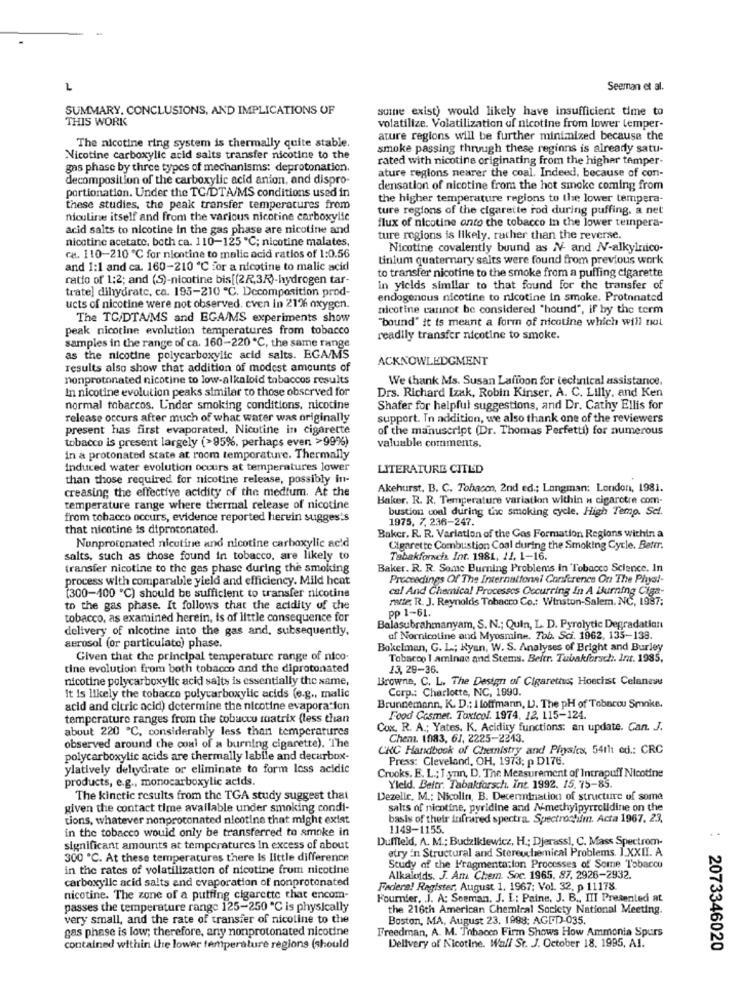
L
Seeman et al.
SUMMARY. CONCLUSIONS, AND IMPLICATIONS OF
sumne exist) would likely have insufficient time to
THIS WORK
volatilize. Volatilization of nicotine from lower temper-
ature regions will be further minimized because the
The nicotine ring system is thermally quite stable.
smoke passing through these regions is already satu-
Nicotine carboxylic acid salts transfer nicotine to the
rated with nicotine originating from the higher temper-
gas phase by three types of mechanisms: deprotonation.
ature regions nearer the coal, Indeed, because of con-
decomposition of the carboxylic acid anion, and dispro-
densation of nicotine from the hot smoke coming from
portionation. Under the TC/DTA/MS conditions used in
the higher temperature regions to the lower tempera-
these studies, the peak transfer temperatures from
ture regions of the cigarette rod during puffing. a net
niculine itself and from the various nicotine carboxylic
acid salts to nicotine in the gas phase are nicotine and
flux of nicotine anto the tobacco in the lower tempera-
nicotine acetate, both ca. 110-125 ℃; nicotine malates,
ture regions is likely. rather than the reverse.
Nicotine covalently buund as MV and NV-alkylnico-
ca. 110-210 ℃ for nicotine to malic acid ratios of 1:0.56
tinium quaternary salts were found from previous work
and 1:1 and ca. 160-210 ℃ for a nicotine to malic acid
to transfer nicotine to the smoke from a puffing cigarette
ratio of 1;2; and (S)-nicotine bis[(2R,3R)-hydrogen tar-
trate] dihydrate, ca. 195-210 ℃. Decomposition prod-
in yields similar to that found for the transfer of
endogenous nicotine to nicotine in smoke. Protonated
ucts of nicotine were not observed. cven in 212% oxygen.
nicotine cannot be considered "hound", if by the term
The TC/DTA/MS and EGA/MS experiments show
"bound" it is meant a form of nicotine which will not
peak nicotine evolution temperatures from tobacco
readily transfer nicotine to smoke.
samples in the range of ca. 160-220 ℃, the same range
as the nicotine polycarboxylic acid salts. EGA/MS
ACKNOWLEDGMENT
results also show that addition of modest amounts of
nonprotonated nicotine to low-alkaloid tobaccos results
We thank Ms. Susan Lafioon for technical assistance.
In nicotine evolution peaks similar to those observed for
Drs. Richard Izak, Robin Kinser, A. C. Lilly, and Ken
normal tobarcos. Under smoking conditions, nicotine
Shafer for helpful suggestions, and Dr. Cathy Ellis for
release occurs after much of what water was originally
support. In addition, we also thank one of the reviewers
present has first evaporated. Nicotine in cigarette
of the manuscript (Dr. Thomas Perfetti) for numerous
tobacco is present largely (>95%, perhaps even >99%)
valuable comments.
in a protonated state at room temperature. Thermally
Induced water evolution occurs at temperatures lower
LITERATURE CITED
than those required for nicotine release, possibly in-
creasing the effective acidity of the medium. At the
Akehurst. B. C. Tobaco, 2nd ed .; Langman: London, 1981.
Baker. R. R. Temperature variation within n ciparctre com-
temperature range where thermal release of nicotine
bustion coal during the smoking cycle. High Temp. Set.
from tobacco occurs, evidence reported hervin suggests
1975. 7. 236-247.
that nicotine is diproconated.
Nonprotonated nicotine and nicotine carboxylic acid
Baker. R. R. Variation of the Gas Formation Regions within a
Cigarette Combustion Coal during the Smoking Cycle. Battr.
salts, such as those found in tobacco, are likely to
Tabakforsch. Int. 1981, 11. 1-16.
transfer nicotine to the gas phase during the smoking
Baker. R. R. Some Burning Problems in Tobacco Science. In
process with comparable yield and efficiency. Mild heat
Proceedings Of The International Conference On The Phys !-
cal And Chemical Processes Occurring In A Burning Ciga-
(300-400 ℃) should be sufficient to transfer nicotine
ratte; R. J. Reynolds Tobacco Co .: Winston-Salem, NC, 1987;
to the gas phase. It follows that the acidity of che
pp 1-61.
tobacco, as examined herein, is of little consequence for
delivery of nicotine into the gas and, subsequently,
Balasubrahmanyam, S. N .; Quin, L. D. Pyrolytic Degradation
of Nornicotine and Myosmine. Tob. Sci. 1962, 135-138.
aerosol (or particulato) phase.
Bokelman, G. L .; Ryan, W. S. Analyses of Bright and Burley
Given that the principal temperature range of nico-
Tobacco I aminac and Stems. Beitr. Tubakforsch. Int. 1985,
tine evolution from both tobacco and the diprotonated
13, 29-36.
nicotine polycarboxylic acid salts is essentially the same,
Browne, C. L. The Design of Cigarettus; Hoechst Celanese
Corp .: Charlotte, NC, 1990.
It is likely the tobacco polycarboxylic acids (e.g ., malic
acid and citric acid) determine the nicotine evaporation
Brunnemann, K. D .: I loffmann, L). The pH of Tobnrou Smoke,
temperature ranges from the tobacco matrix (less than
Food Cosmet. Toxicol. 1974, 12, 115-124.
about 220 ℃. considerably less than temperatures
Cox. R. A .; Yates. K. Acidity functions: an update. Can. J.
Chem. 1983, 61, 2225-2243.
observed around the coal of a burning cigarette). The
CRC Handbook of Chemistry and Physics, 54th ed .: CRC
polycarboxylic acids are thermally labile and decarbox-
Press: Cleveland, OH, 1973; p D176.
ylatively dehydrate or eliminate to form less acidic
products, e.g ., monocarboxylic acids.
Crooks, E. L .; I sTın, D. The Measurement of Intrapuff Nicotine
Yield. Beitr. Tabakforsch. Int. 1992. 15. 75-85.
The kinctic results from the TGA study suggest that
Dezelic, M .: Nicolin, B. Decermination of structure of some
given the contact time available under smoking condi-
salts of nicotine, pyridine and N'methylpyrrolidine on the
tions, whatever nonprotonated nicotine that might exist
basis of their infrared spectra. Spectroctifm. Acta 1967. 23.
1149-1155.
in the tobacco would only be transferred to smoke in
Duffield, A. M .; Budzikiewicz, H .: Djerassi, C. Mass Spectrom-
significant amounts at temperatures in excess of about
etry in Structural and Stereuchemical Problems. I.XXII. A
300 ℃. At these temperatures there Is little difference
in the rates of volatilization of nicotine from nicotine
Study of the Fragmentation Processes of Some Tobacco
carboxylle acid salts and evaporation of nonprotonated
Alkaloids. J. Ama Chem. Soc. 1965. 87. 2926-2932.
Federal Register, August 1. 1967; Vol. 32, p 11178.
nicotine. The zone of a putting cigarette that encom-
Fournier, J. A: Seeman, J. L: Paine, J. B ., III Presented at
passes the temperature range 125-250 ℃ is physically
the 216th American Chemical Society National Meeting.
very small, and the rate of transfer of nicotine to the
Boston, MA, August 23, 1998: AGID-035.
gas phase is low; therefore, any nonprotonated nicotine
Freedman, A. M. Tobacco Firm Shows How Ammonia Spurs
contained within Uhre lower temperature regions (should
Delivery of Nicotine. Wall St. J. October 18. 1995, A1.
2073346020